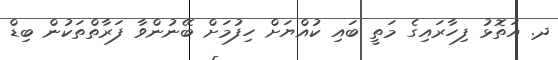
ދ. އަތޮޅު ފިހާރައިގެ މަތީ ބައި ކުއްޔަށް ހިފުމަށް ބޭނުންވާ ފަރާތްތަކުން ބިޑް